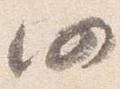
仍